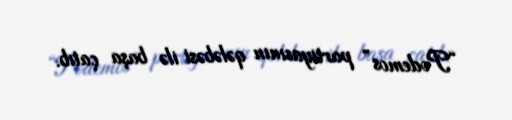
“Podemos” partiyasının qələbəsi ilə başa çatıb.